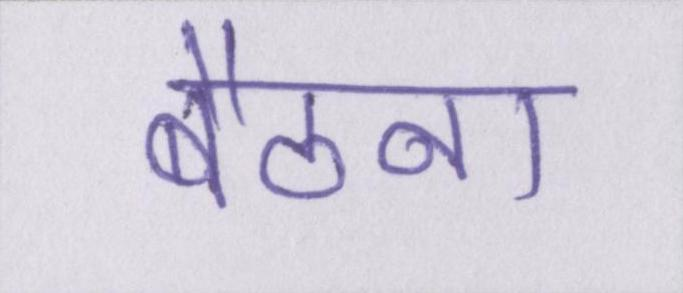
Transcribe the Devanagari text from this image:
बैठना